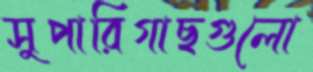
সুপারিগাছগুলো